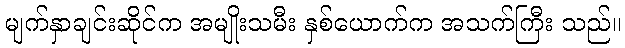
မျက်နှာချင်းဆိုင်က အမျိုးသမီး နှစ်ယောက်က အသက်ကြီး သည်။